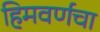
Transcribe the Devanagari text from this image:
हिमवर्णचा